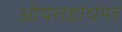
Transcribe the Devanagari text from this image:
ओपनहायमर